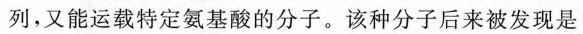
列，又能运载特定氨基酸的分子。该种分子后来被发现是